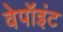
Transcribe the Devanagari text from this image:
वेपॉइंट